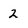
Character: 2